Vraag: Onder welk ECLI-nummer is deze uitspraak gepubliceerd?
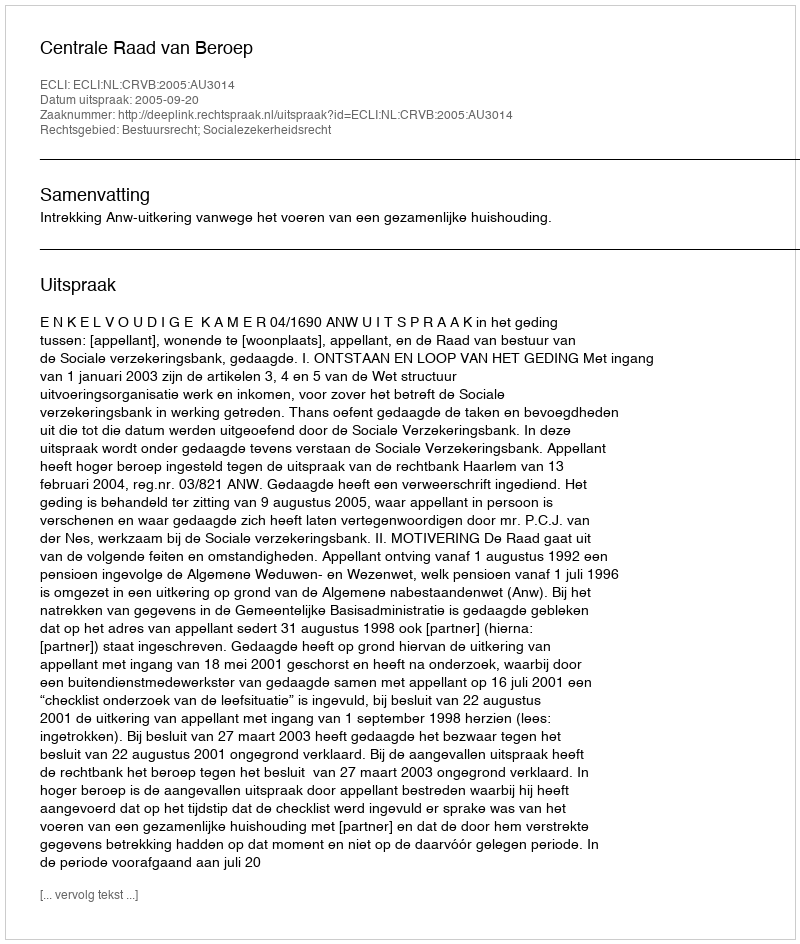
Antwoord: ECLI:NL:CRVB:2005:AU3014